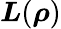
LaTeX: \boldsymbol{L}(\boldsymbol{\rho})